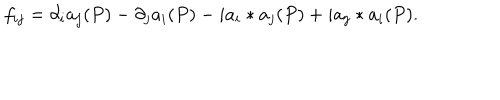
f _ { i j } = \partial _ { i } a _ { j } ( P ) - \partial _ { j } a _ { i } ( P ) - i a _ { i } * a _ { j } ( P ) + i a _ { j } * a _ { i } ( P ) .